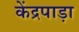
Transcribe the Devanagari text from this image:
केंद्रपाड़ा